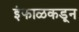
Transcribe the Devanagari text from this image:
इंफाळकडून